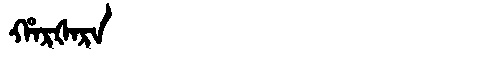
Manchu: ᡥᠠᡵᡧᠠᡵᠠ
Romanization: HARŠARA